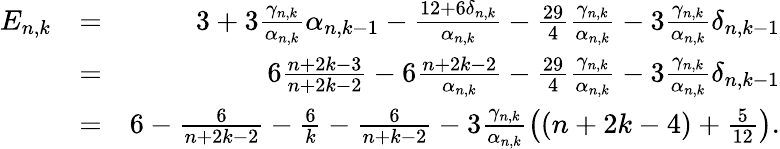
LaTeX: \begin{array}{rlr}{E_{n,k}}&{=}&{3+3\frac{\gamma_{n,k}}{\alpha_{n,k}}\alpha_{n,k-1}-\frac{12+6\delta_{n,k}}{\alpha_{n,k}}-\frac{29}{4}\frac{\gamma_{n,k}}{\alpha_{n,k}}-3\frac{\gamma_{n,k}}{\alpha_{n,k}}\delta_{n,k-1}}\\ &{=}&{6\frac{n+2k-3}{n+2k-2}-6\frac{n+2k-2}{\alpha_{n,k}}-\frac{29}{4}\frac{\gamma_{n,k}}{\alpha_{n,k}}-3\frac{\gamma_{n,k}}{\alpha_{n,k}}\delta_{n,k-1}}\\ &{=}&{6-\frac 6{n+2k-2}-\frac 6k-\frac 6{n+k-2}-3\frac{\gamma_{n,k}}{\alpha_{n,k}}\left((n+2k-4)+\frac 5{12}\right).}\end{array}